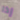
إذا